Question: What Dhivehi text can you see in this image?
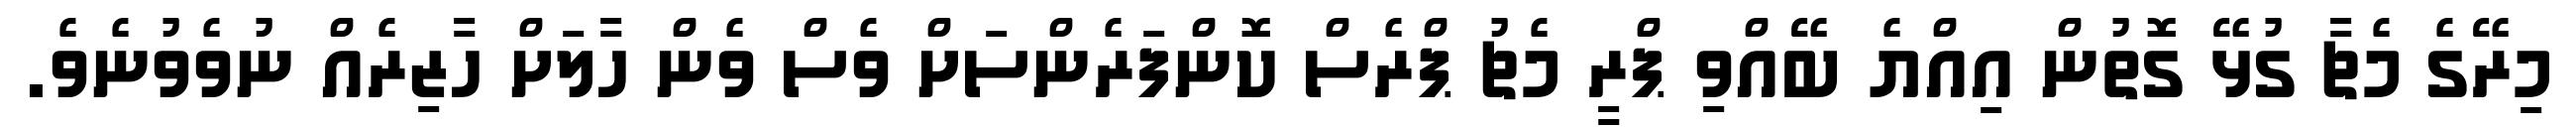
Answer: މިރޭގެ މެޗާ ގުޅޭ ގޮތުން އިއްޔެ ބޭއްވި ޕްރީ މެޗު ޕްރެސް ކޮންފަރެންސަށް ވެސް ވެން ހާލަށް ހާޒިރެއް ނުވެވުނެވެ.